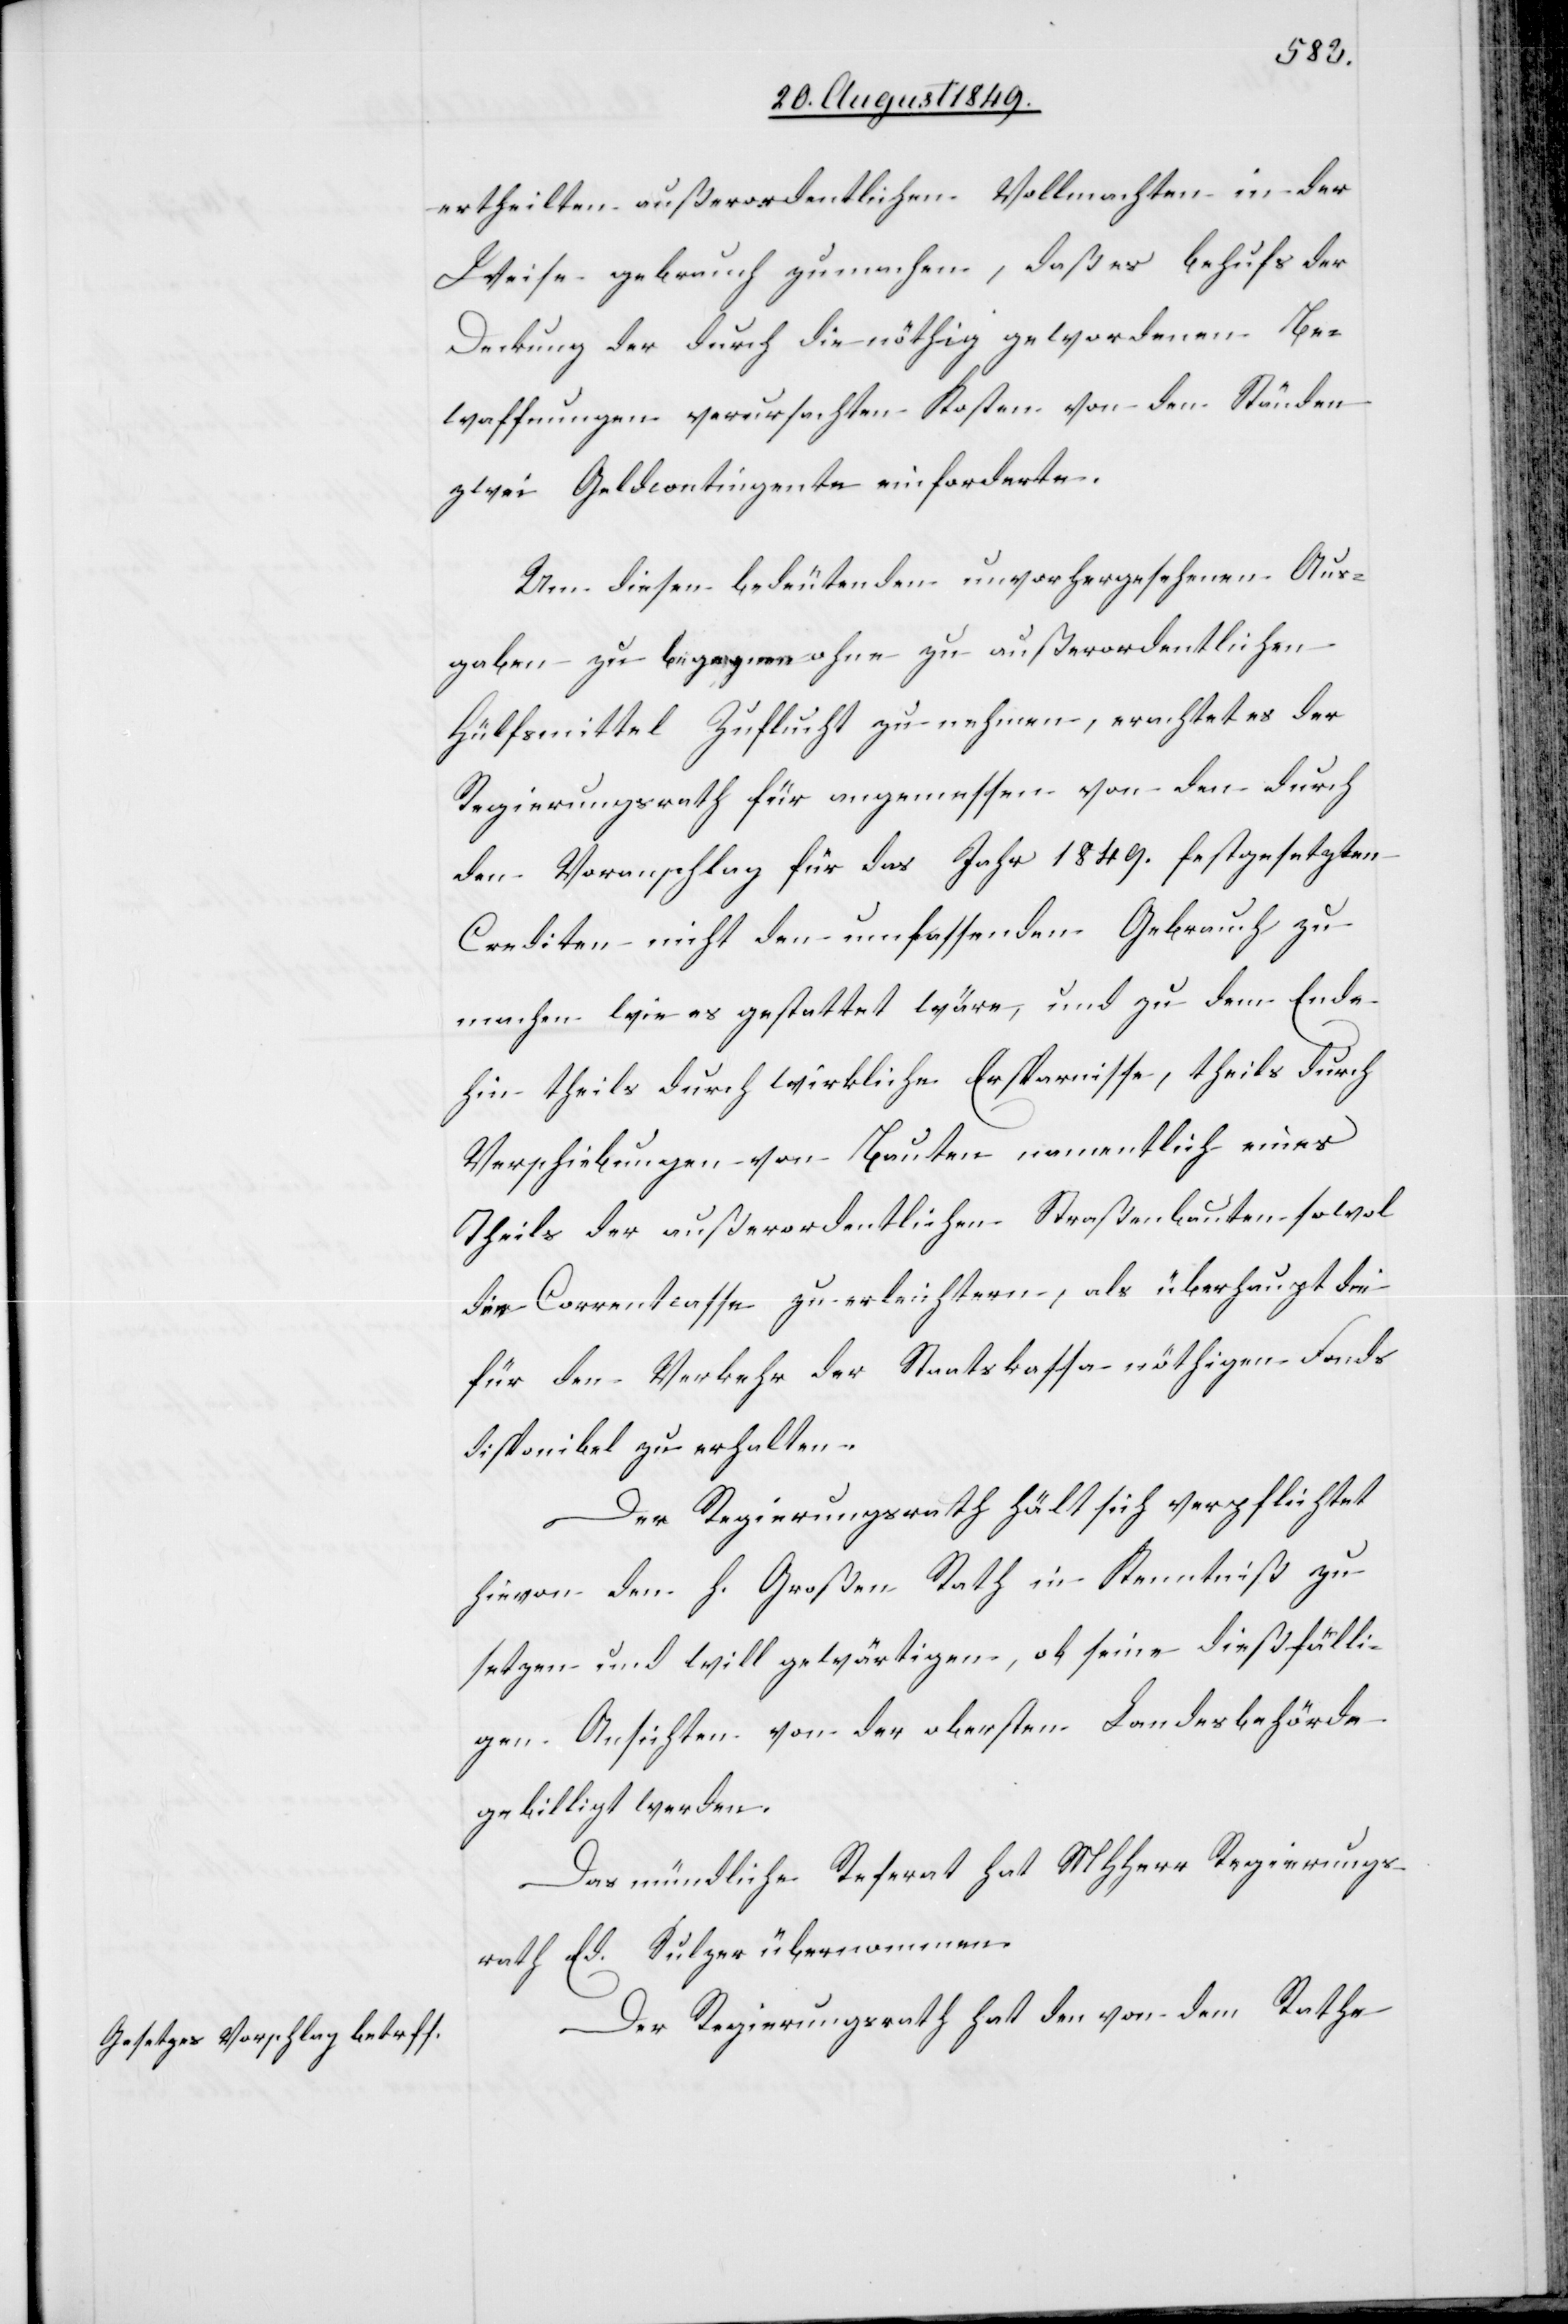
ertheilten außerordentlichen Vollmachten in der
Weise gebrauch [sic!] zu machen, daß es behufs der
Deckung der durch die nöthig gewordenen Be¬
waffnungen verursachten Kosten von den Ständen
zwei Geldcontingente einforderte.
Um diesen bedeutenden unvorhergesehenen Aus¬
gaben zu begegnen ohne zu außerordentlichen
Hülfsmittel[n] Zuflucht zu nehmen, erachtet der
Regierungsrath für angemessen von den durch
den Voranschlag für das Jahr 1849. festgesetzten
Crediten nicht den umfassenden Gebrauch zu
machen wie es gestattet wäre, und zu dem Ende
hin theils durch wirkliche Ersparnisse, theils durch
Verschiebungen von Bauten namentlich eines
Theils der außerordentlichen Straßenbauten sowol
die Correntcasse zu erleichtern, als überhaupt die
für den Verkehr der Staatskassa nöthigen Fonds
disponibel zu erhalten.
Der Regierungsrath hält sich verpflichtet
hievon den h. Großen Rath in Kenntniß zu
setzen und will gewärtigen, ob seine dießfälli¬
gen Ansichten von der obersten Landesbehörde
gebilligt werden.
Das mündliche Referat hat MHHerr Regierungs¬
rath Ed. Sulzer übernommen.
Der Regierungsrath hat den von dem Rathe